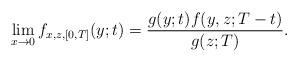
LaTeX: \begin{align*}\lim_{x\to 0}f_{x,z,[0,T]}(y;t) = \frac{g(y;t)f(y,z;T-t)}{g(z;T)}.\end{align*}